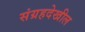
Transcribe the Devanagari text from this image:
संग्रहदेखील